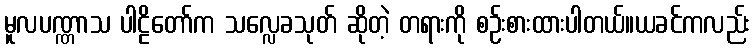
မူလပဏ္ဏာသ ပါဠိတော်က သလ္လေခသုတ် ဆိုတဲ့ တရားကို စဉ်းစားထားပါတယ်။ယခင်ကလည်း